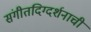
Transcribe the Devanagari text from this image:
संगीतदिग्दर्शनाची